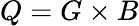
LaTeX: Q=G\times B